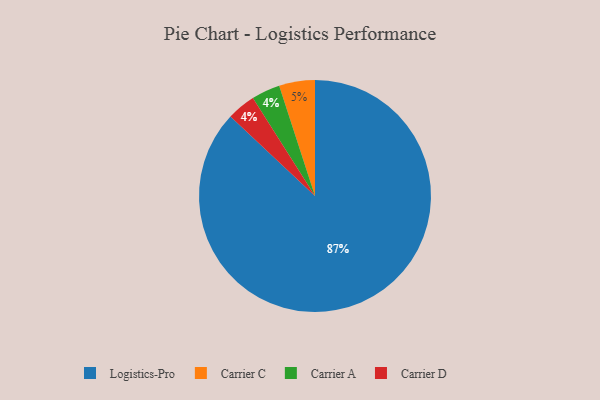
{"axis": {"x": "Category", "y": "Percentage"}, "legend": ["Carrier A", "Carrier C", "Carrier D", "Logistics-Pro"], "data": [{"x": "Carrier C", "y": 5, "type": "Carrier C"}, {"x": "Carrier A", "y": 4, "type": "Carrier A"}, {"x": "Carrier D", "y": 4, "type": "Carrier D"}, {"x": "Logistics-Pro", "y": 87, "type": "Logistics-Pro"}]}